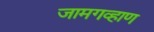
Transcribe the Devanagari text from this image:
जामगव्हाण